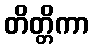
တိတ္တိကာ